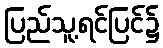
ပြည်သူ့ရင်ပြင်၌